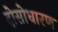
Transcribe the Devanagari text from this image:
दोसोधारण